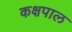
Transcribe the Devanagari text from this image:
कक्षपाल